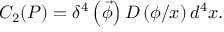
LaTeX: C _ { 2 } ( P ) = \delta ^ { 4 } \left( \vec { \phi } \right) D \left( \phi / x \right) d ^ { 4 } x .